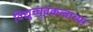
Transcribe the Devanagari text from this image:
विद्युच्चुंबकत्वाच्या